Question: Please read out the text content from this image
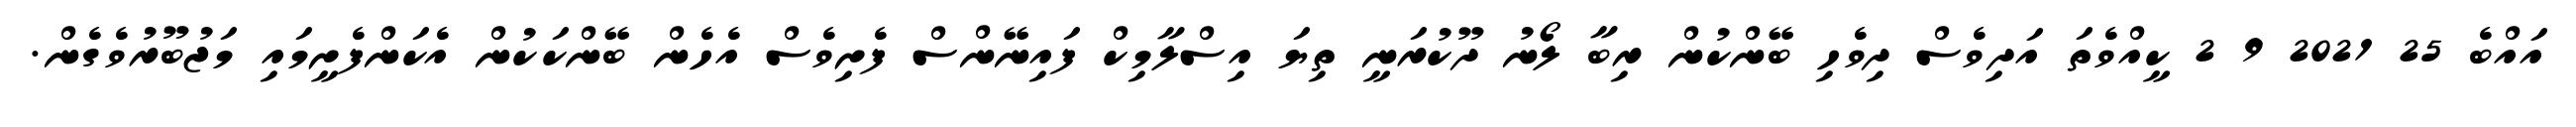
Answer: އައްބެ 25 2021 9 2 ކީއްވެތަ އަދިވެސް ދިވެހި ބޭންކުން ރިބާ ލޯނު ދޫކުރަނީ ތިޔަ އިސްލާމިކް ފައިނޭންސް ފެށިވެސް އެހެން ބޭންކަކުން އެކަންފެށީމައި މަޖުބޫރުވެގެން.